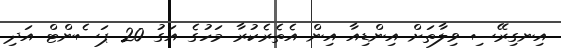
އިނގިރޭސި ވިލާތަށް އިންޑިއާ އިން އެތެރެކުރާ މަހުގެ އަގު 20 ޕަސެންޓް އަދި